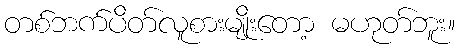
တစ်ဘက်ပိတ်လူစားမျိုးတော့ မဟုတ်ဘူး။